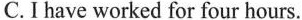
C.I have worked for four hours.